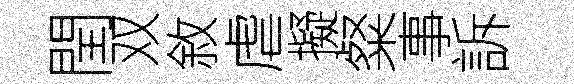
閏双敘虐擬粲事訴